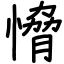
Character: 愶